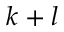
k + l